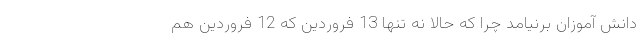
دانش آموزان برنیامد چرا که حالا نه تنها 13 فروردین که 12 فروردین هم